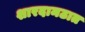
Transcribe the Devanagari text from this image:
शारदामठात